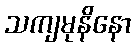
သကျမုနိနော